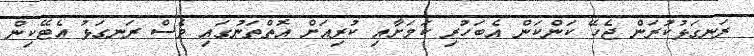
ރަނގަޅުކުރަން ޖެހޭ ކަންކަން އެބަހުރި ކަމަށާއި ކުރިއަށް އޮތްތަނުގައި ވެސް ރަނގަޅު އެޓޭކިން